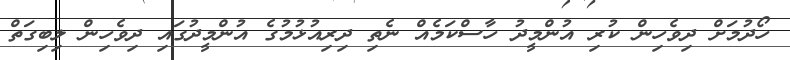
ހޯދުމަށް ދިވެހިން ކުރި އުންމީދު ހާސްކަމެއް ނެތި ދިރިއުޅުމުގެ އުންމީދުގައި ދިވެހިން ލިބިގަތް